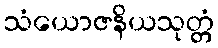
သံယောဇနိယသုတ္တံ